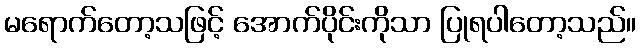
မရောက်တော့သဖြင့် အောက်ပိုင်းကိုသာ ပြုရပါတော့သည်။